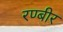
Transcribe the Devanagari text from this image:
रण्बीर